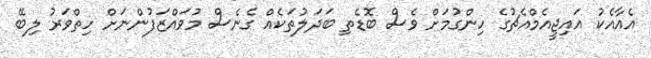
އެއާއެކު އައިޖީއެމްއެޗުގެ ހިންގުމަށް ވެސް ބޮޑެތި ބަދަލުތަކެއް ގެނެސް މުވައްޒަފުންނަށް ހިތްވަރު ލިބޭ